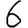
Digit: 6